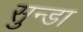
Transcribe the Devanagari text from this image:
सुन्डा